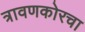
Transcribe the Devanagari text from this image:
त्रावणकोरचा